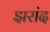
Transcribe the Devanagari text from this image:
झरांद